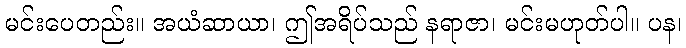
မင်းပေတည်း။ အယံဆာယာ၊ ဤအရိပ်သည် နရာဇာ၊ မင်းမဟုတ်ပါ။ ပန၊